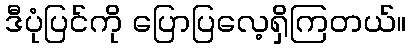
ဒီပုံပြင်ကို ပြောပြလေ့ရှိကြတယ်။